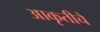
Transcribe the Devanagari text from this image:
आकृतीचे